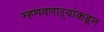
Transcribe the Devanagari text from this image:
म्हणवणाऱ्यांकडून